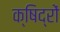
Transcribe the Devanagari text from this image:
क्षिद्रों